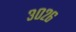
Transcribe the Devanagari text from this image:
३०२६